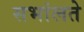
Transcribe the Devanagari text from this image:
सभांलते